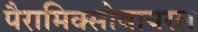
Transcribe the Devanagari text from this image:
पैरामिक्सोवायरस